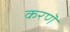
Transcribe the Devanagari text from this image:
करणॆ